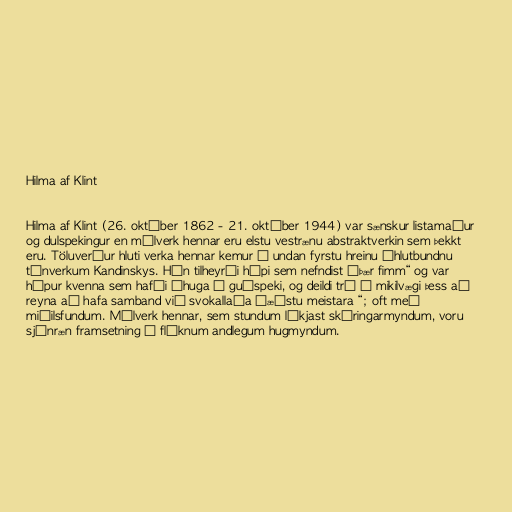
Hilma af Klint

Hilma af Klint (26. október 1862 - 21. október 1944) var sænskur listamaður
og dulspekingur en málverk hennar eru elstu vestrænu abstraktverkin sem þekkt
eru. Töluverður hluti verka hennar kemur á undan fyrstu hreinu óhlutbundnu
tónverkum Kandinskys. Hún tilheyrði hópi sem nefndist „þær fimm“ og var
hópur kvenna sem hafði áhuga á guðspeki, og deildi trú á mikilvægi þess að
reyna að hafa samband við svokallaða „æðstu meistara “; oft með
miðilsfundum. Málverk hennar, sem stundum líkjast skýringarmyndum, voru
sjónræn framsetning á flóknum andlegum hugmyndum.